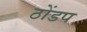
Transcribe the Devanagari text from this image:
ठोंडप